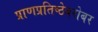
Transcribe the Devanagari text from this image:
प्राणप्रतिष्ठेबरोबर